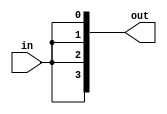
`timescale 1ns/1ps

module Fanout_4(in, out);
    input in;
    output [3:0] out;
    wire node;
    not NOT1(node, in);
    not NOTX(out[0], out[1], out[2], out[3], node);
//    not NOT2(out[0], node);
//    not NOT3(out[1], node);
//    not NOT4(out[2], node);
//    not NOT5(out[3], node);
endmodule